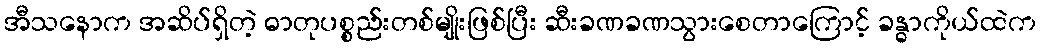
အီသနောက အဆိပ်ရှိတဲ့ ဓာတုပစ္စည်းတစ်မျိုးဖြစ်ပြီး ဆီးခဏခဏသွားစေတာကြောင့် ခန္ဓာကိုယ်ထဲက